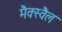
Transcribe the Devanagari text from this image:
मैक्स्वैल